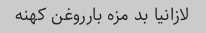
لازانیا بد مزه بارروغن کهنه